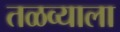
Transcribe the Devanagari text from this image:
तळव्याला